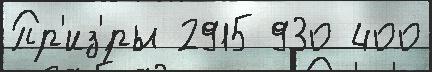
Пр'из'́ры 2915 930 400